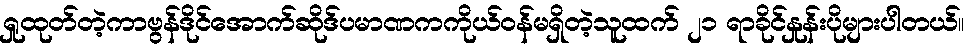
ရှုထုတ်တဲ့ကာဗွန်ဒိုင်အောက်ဆိုဒ်ပမာဏကကိုယ်ဝန်မရှိတဲ့သူထက် ၂၁ ရာခိုင်နှုန်းပိုများပါတယ်။